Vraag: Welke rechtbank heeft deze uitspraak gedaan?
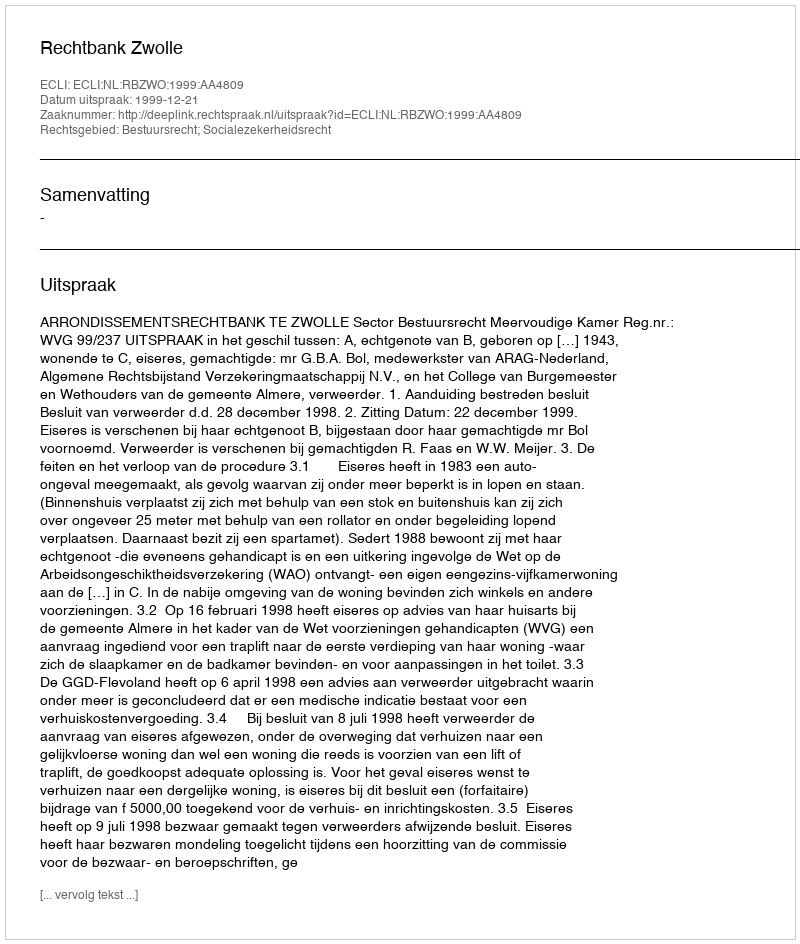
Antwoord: Rechtbank Zwolle